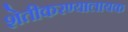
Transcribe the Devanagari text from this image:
शेतीकरण्यालायक